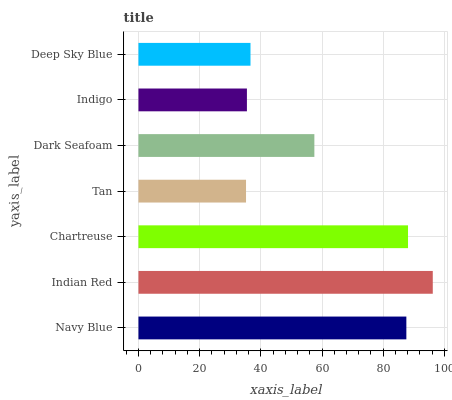
| yaxis_label | bars |
 | --- | --- |
 | Navy Blue | 87.6 |
 | Indian Red | 96.2 |
 | Chartreuse | 88.1 |
 | Tan | 35.2 |
 | Dark Seafoam | 57.5 |
 | Indigo | 35.4 |
 | Deep Sky Blue | 36.6 |